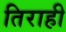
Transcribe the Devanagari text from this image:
तिराही